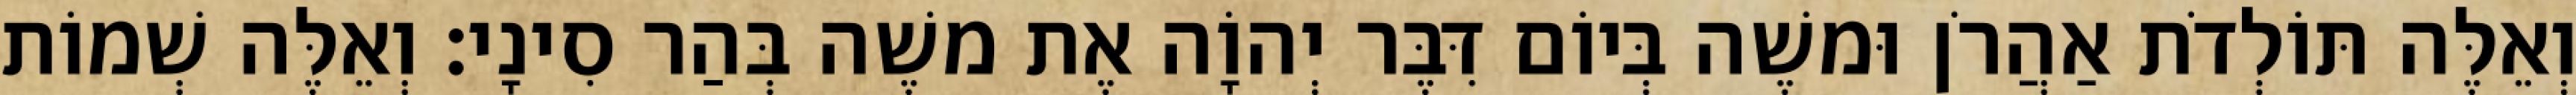
וְאֵלֶּה תּוֹלְדֹת אַהֲרֹן וּמשֶׁה בְּיוֹם דִּבֶּר יְהוָֹה אֶת משֶׁה בְּהַר סִינָי׃ וְאֵלֶּה שְׁמוֹת